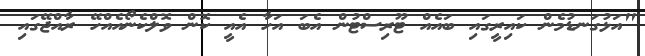
"އަޅުގަނޑުމެން ކައިރީގައި ބައެއް ޓޫރިސްޓުން އެބަ އަހާ އެއީ ކޮން ވޮލްކެނޯއެއްހޭ ރާއްޖޭގައި